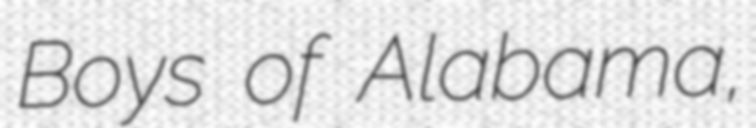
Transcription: Boys of Alabama,